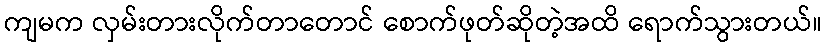
ကျမက လှမ်းတားလိုက်တာတောင် စောက်ဖုတ်ဆိုတဲ့အထိ ရောက်သွားတယ်။